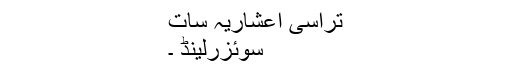
تراسی اعشاریہ سات
سوئزرلینڈ ۔